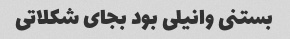
بستنی وانیلی بود بجای شکلاتی